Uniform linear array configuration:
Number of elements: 4
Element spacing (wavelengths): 0.75
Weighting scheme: exponential
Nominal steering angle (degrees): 45
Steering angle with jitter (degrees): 43.508
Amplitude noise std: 0.05
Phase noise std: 0.05

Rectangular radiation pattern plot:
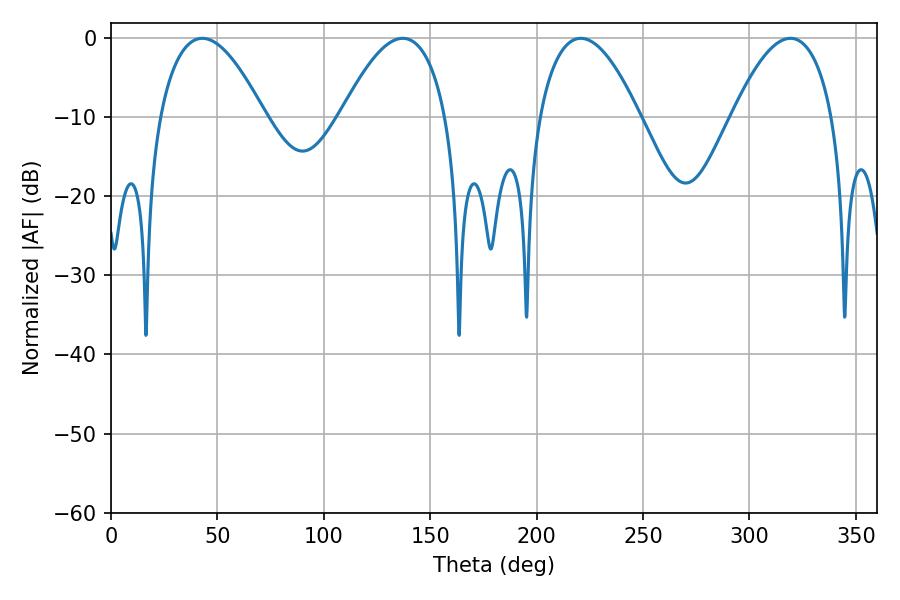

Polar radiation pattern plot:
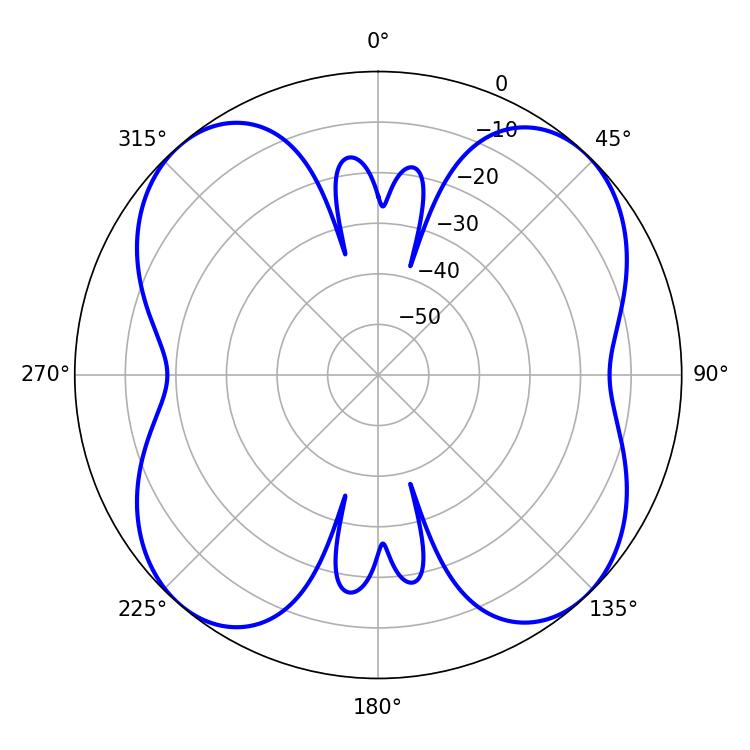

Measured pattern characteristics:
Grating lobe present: TRUE
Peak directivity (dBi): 14.823
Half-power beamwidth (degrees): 26.1
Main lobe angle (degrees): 220.68